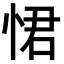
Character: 𭝈